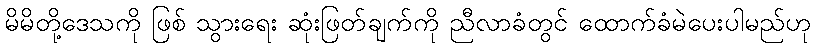
မိမိတို့ဒေသကို ဖြစ် သွားရေး ဆုံးဖြတ်ချက်ကို ညီလာခံတွင် ထောက်ခံမဲပေးပါမည်ဟု